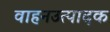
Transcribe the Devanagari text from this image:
वाहनउत्पादक